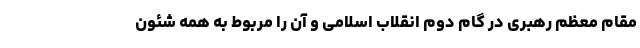
مقام معظم رهبری در گام دوم انقلاب اسلامی و آن را مربوط به همه شئون